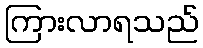
ကြားလာရသည်